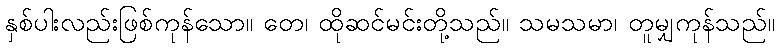
နှစ်ပါးလည်းဖြစ်ကုန်သော။ တေ၊ ထိုဆင်မင်းတို့သည်။ သမသမာ၊ တူမျှကုန်သည်။